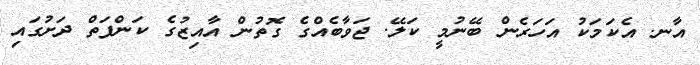
އާނ. އެކަމަކު އަހަރެން ބޭނުމީ ކަލޭ. ޖަވާބެއްގެ ގޮތުން އާއިޒުގެ ކަންފަތް ދަށުގައި